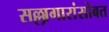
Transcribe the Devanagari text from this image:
सल्लागारांसोबत